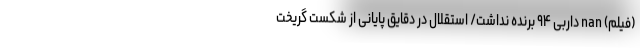
(فیلم) nan داربی ۹۴ برنده نداشت/ استقلال در دقایق پایانی از شکست گریخت